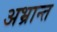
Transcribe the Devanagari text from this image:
अभ्रान्त